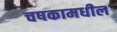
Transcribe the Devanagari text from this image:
चषकामधील